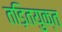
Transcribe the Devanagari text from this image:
तड़ितयुक्त